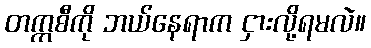
တက္ကစီကို ဘယ်နေရာက ငှားလို့ရမလဲ။